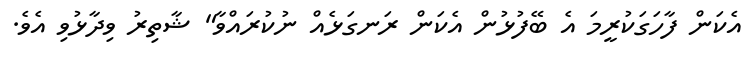
އެކަން ފާހަގަކުރީމަ އެ ބޭފުޅުން އެކަން ރަނގަޅެއް ނުކުރައްވާ" ޝާތިރު ވިދާޅުވި އެވެ.